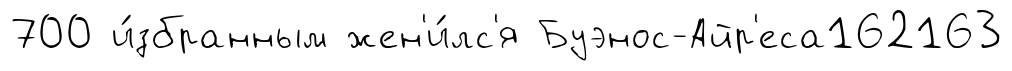
700 и́збранным жен'и́лс'я Буэнос-Айр'еса162163